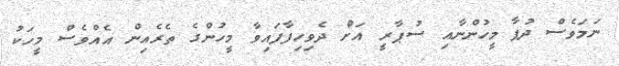
ނަމަވެސް ދުފާ މީހުންނާއި ސުޕާރީ އަށް ދެވިހިފާފައިވާ މީހުންގެ ތެރެއިން އެއްވެސް މީހަކު